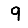
Digit: 9